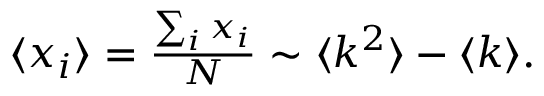
\begin{array} { r } { \langle x _ { i } \rangle = \frac { \sum _ { i } x _ { i } } { N } \sim \langle k ^ { 2 } \rangle - \langle k \rangle . } \end{array}